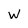
Character: W